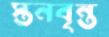
স্তনবৃন্ত